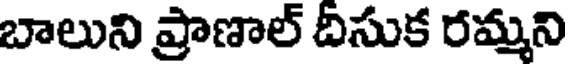
బాలుని ప్రాణాల్ దిసుక రమ్మని